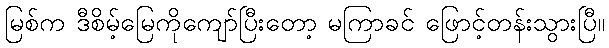
မြစ်က ဒီစိမ့်မြေကိုကျော်ပြီးတော့ မကြာခင် ဖြောင့်တန်းသွားပြီ။